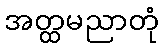
အတ္ထမညာတုံ